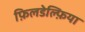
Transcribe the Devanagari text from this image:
फ़िलडेल्फ़िया